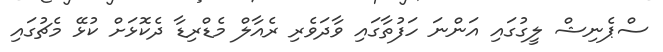
ސްޕެނިޝް ލީގުގައި އަންނަ ހަފުތާގައި ވާދަވެރި ރެއާލް މެޑްރިޑާ ދެކޮޅަށް ކުޅޭ މެޗުގައި